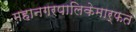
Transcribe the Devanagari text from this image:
महानगरपालिकेमार्फत